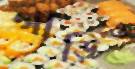
গাড়িও